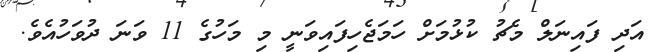
އަދި ފައިނަލް މެޗު ކުޅުމަށް ހަމަޖެހިފައިވަނީ މި މަހުގެ 11 ވަނަ ދުވަހުއެވެ.